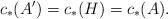
LaTeX: \begin{align*}c_*(A')=c_*(H)=c_*(A).\end{align*}